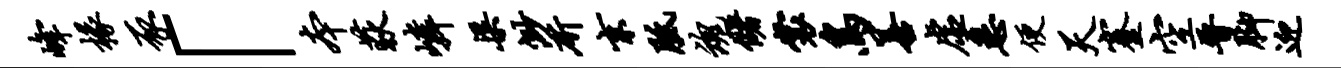
峰椽豕「本荻嶙渠渺斫京胝魂储裳鸟善虚悉便天蹇空晋脚迎